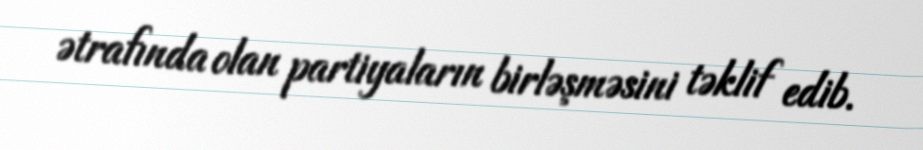
ətrafında olan partiyaların birləşməsini təklif edib.